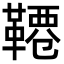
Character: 𩌕